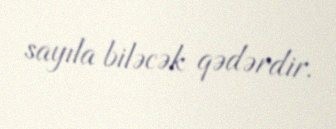
sayıla biləcək qədərdir.